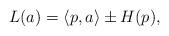
LaTeX: \begin{align*} L ( a ) = \langle p, a \rangle \pm H ( p ) , \end{align*}